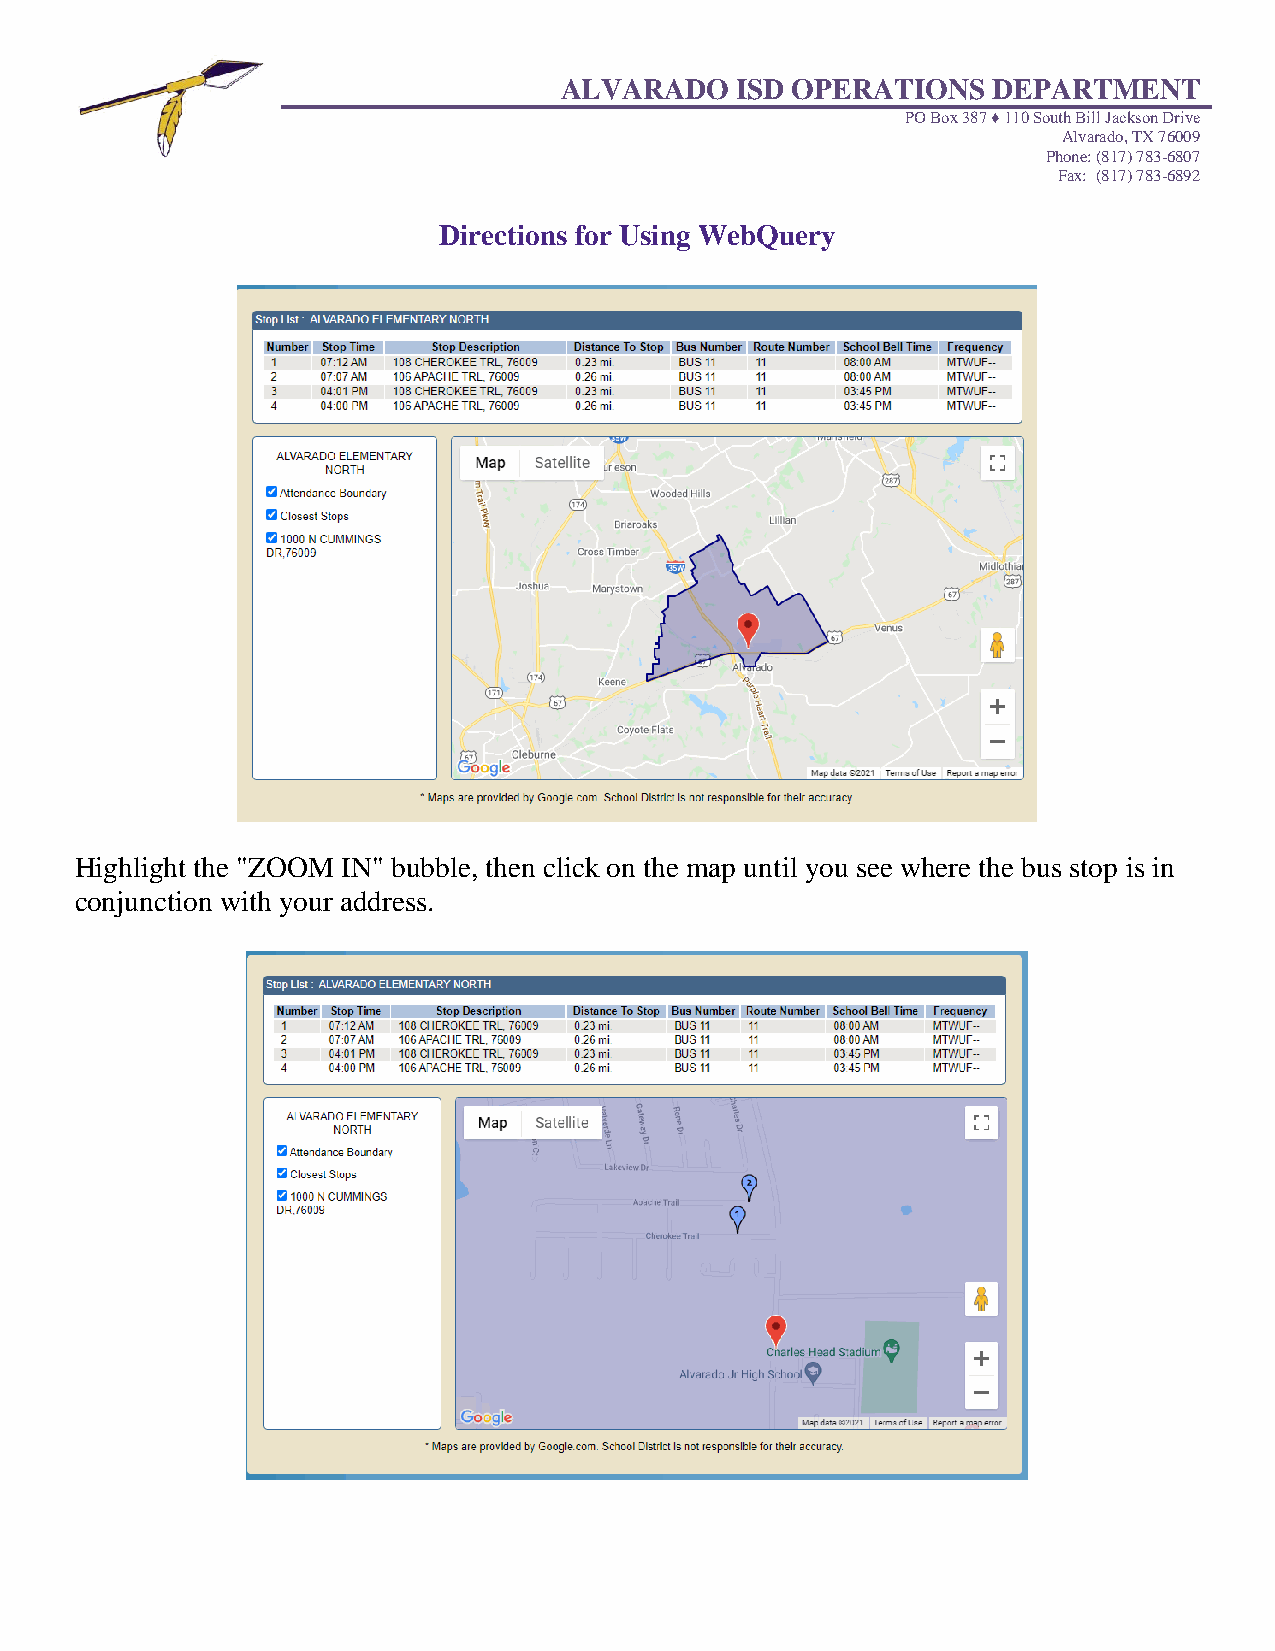
ALVARADO    ISD OPERATIONS   DEPARTMENT
 PO Box 387 ♦ 110 South Bill Jackson Drive
 Alvarado, TX 76009
 Phone: (817) 783-6807
 Fax: (817) 783-6892
 Directions for Using WebQuery
 Highlight the "ZOOM IN" bubble, then click on the map until you see where the bus stop is in
 conjunction with your address.